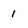
Character: 1